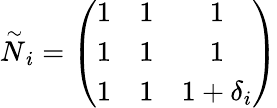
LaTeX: \stackrel{\sim}{N}_{i}=\left(\begin{array}{ccc}{{1}}&{{1}}&{{1}}\\ {{1}}&{{1}}&{{1}}\\ {{1}}&{{1}}&{{1+\delta_{i}}}\end{array}\right)